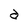
Character: a